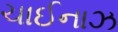
ચાઈનાઝ